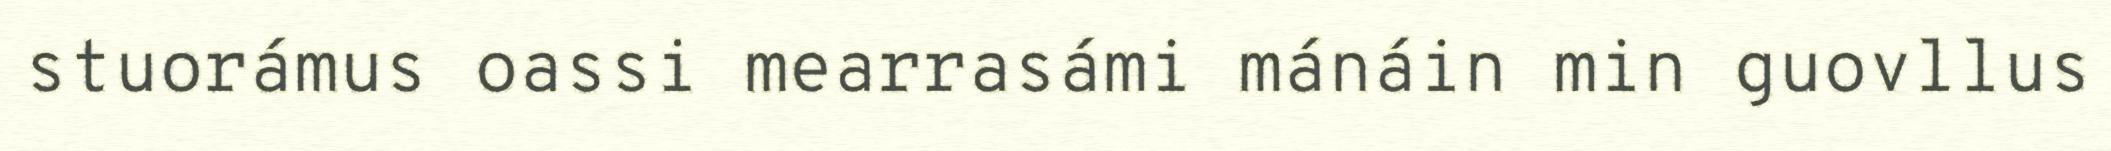
stuorámus oassi mearrasámi mánáin min guovllus